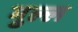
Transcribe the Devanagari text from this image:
मुल्ल